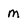
Character: M